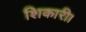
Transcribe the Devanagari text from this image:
शिकारी।